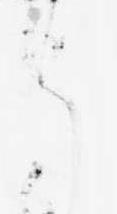
ら